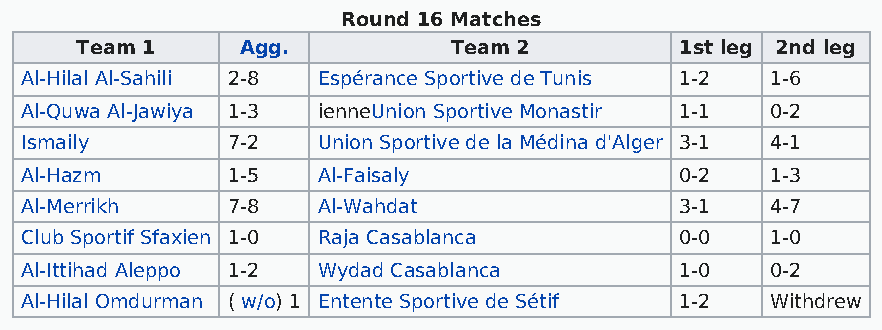
Round 16 Matches
 Team 1     Agg.          Team 2         1st leg 2nd leg
 Al-Hilal Al-Sahili 2-8 Espérance Sportive de Tunis 1-2 1-6
 Al-Quwa Al-Jawiya 1-3 ienneUnion Sportive Monastir 1-1 0-2
 Ismaily       7-2   Union Sportive de la Médina d'Alger 3-1 4-1
 Al-Hazm       1-5   Al-Faisaly              0-2   1-3
 Al-Merrikh    7-8   Al-Wahdat               3-1   4-7
 Club Sportif Sfaxien 1-0 Raja Casablanca    0-0   1-0
 Al-Ittihad Aleppo 1-2 Wydad Casablanca      1-0   0-2
 Al-Hilal Omdurman ( w/o) 1 Entente Sportive de Sétif 1-2 Withdrew